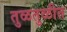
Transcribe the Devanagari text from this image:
तुळतुळीत